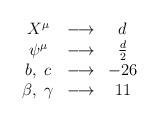
LaTeX: \begin{align*}\begin{array}{ccc}X^{\mu} & \longrightarrow & d \\\psi^{\mu} & \longrightarrow & \frac{d}{2} \\b,\;c & \longrightarrow & -26 \\\beta,\;\gamma& \longrightarrow & 11\end{array}\end{align*}